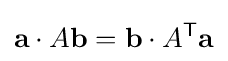
{\textbf {a}}\cdot A{\textbf {b}}={\textbf {b}}\cdot A^{\mathsf {T}}{\textbf {a}}